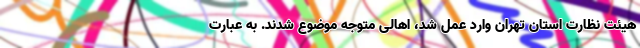
هیئت نظارت استان تهران وارد عمل شد، اهالی متوجه موضوع شدند. به عبارت